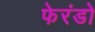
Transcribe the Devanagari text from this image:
फेरंडो